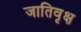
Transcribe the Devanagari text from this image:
जातिवृक्ष